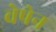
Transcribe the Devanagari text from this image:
वेपेन